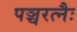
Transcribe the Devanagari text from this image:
पञ्चरत्नैः